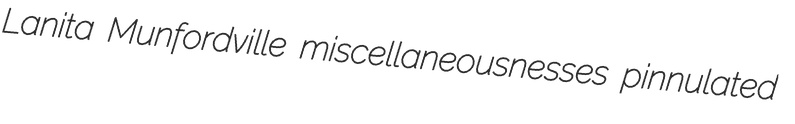
Lanita Munfordville miscellaneousnesses pinnulated